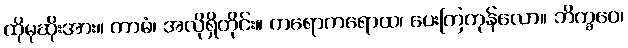
ထိုမုဆိုးအား။ ကာမံ၊ အလိုရှိတိုင်း။ ကရောကရောထ၊ ပေးကြကုန်လော။ ဘိက္ခဝေ၊